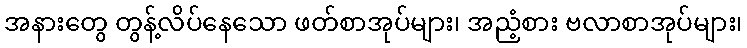
အနားတွေ တွန့်လိပ်နေသော ဖတ်စာအုပ်များ၊ အညံ့စား ဗလာစာအုပ်များ၊